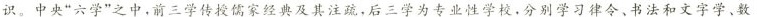
识。中央”六学”之中，前三学传授儒家经典及其注疏，后三学为专业性学校，分别学习律令、书法和文字学、数